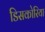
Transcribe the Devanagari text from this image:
डिसकोरिया